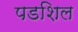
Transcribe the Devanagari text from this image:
पडशिल